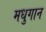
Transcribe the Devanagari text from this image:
मधुगान